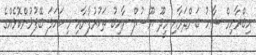
އިބްރާހިމް ޝާހު ބަންދަރާއި މީދޫ ޔޫސުފް ނާއިބު ތަކުރުފާނާއި މި ކަހަލަ ބޭފުޅުންކޮޅެއްގެ